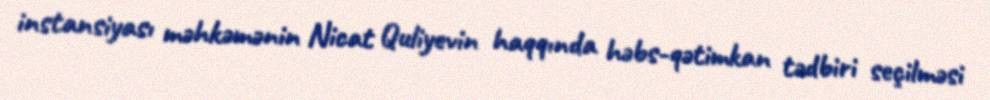
instansiyası məhkəmənin Nicat Quliyevin haqqında həbs-qətimkan tədbiri seçilməsi